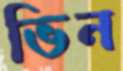
ভিন